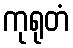
ကုရုတံ